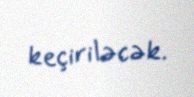
keçiriləcək.